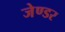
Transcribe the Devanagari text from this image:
जेण्डर